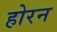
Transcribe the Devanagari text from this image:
होरन